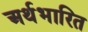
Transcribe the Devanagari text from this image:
अर्थभारित